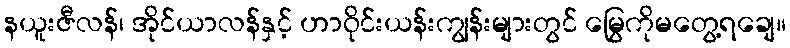
နယူးဇီလန်၊ အိုင်ယာလန်နှင့် ဟာဝိုင်းယန်းကျွန်းများတွင် မြွေကိုမတွေ့ရချေ။